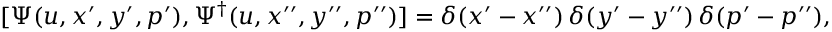
[ { \mit \Psi } ( u , x ^ { \prime } , y ^ { \prime } , p ^ { \prime } ) , { \mit \Psi } ^ { \dagger } ( u , x ^ { \prime \prime } , y ^ { \prime \prime } , p ^ { \prime \prime } ) ] = \delta ( x ^ { \prime } - x ^ { \prime \prime } ) \, \delta ( y ^ { \prime } - y ^ { \prime \prime } ) \, \delta ( p ^ { \prime } - p ^ { \prime \prime } ) ,